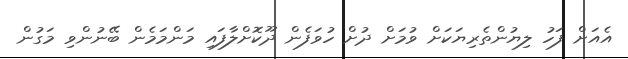
އެއަށް ފަހު ލިޔުންތެރިޔަކަށް ވުމަށް ދުށް ހުވަފެން ދޫކޮށްލާފައި މަންމަމެން ބޭނުންވި މަގުން